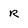
Character: R